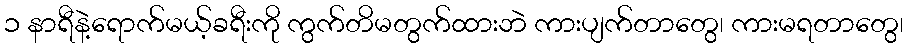
၁ နာရီနဲ့ရောက်မယ့်ခရီးကို ကွက်တိမတွက်ထားဘဲ ကားပျက်တာတွေ၊ ကားမရတာတွေ၊